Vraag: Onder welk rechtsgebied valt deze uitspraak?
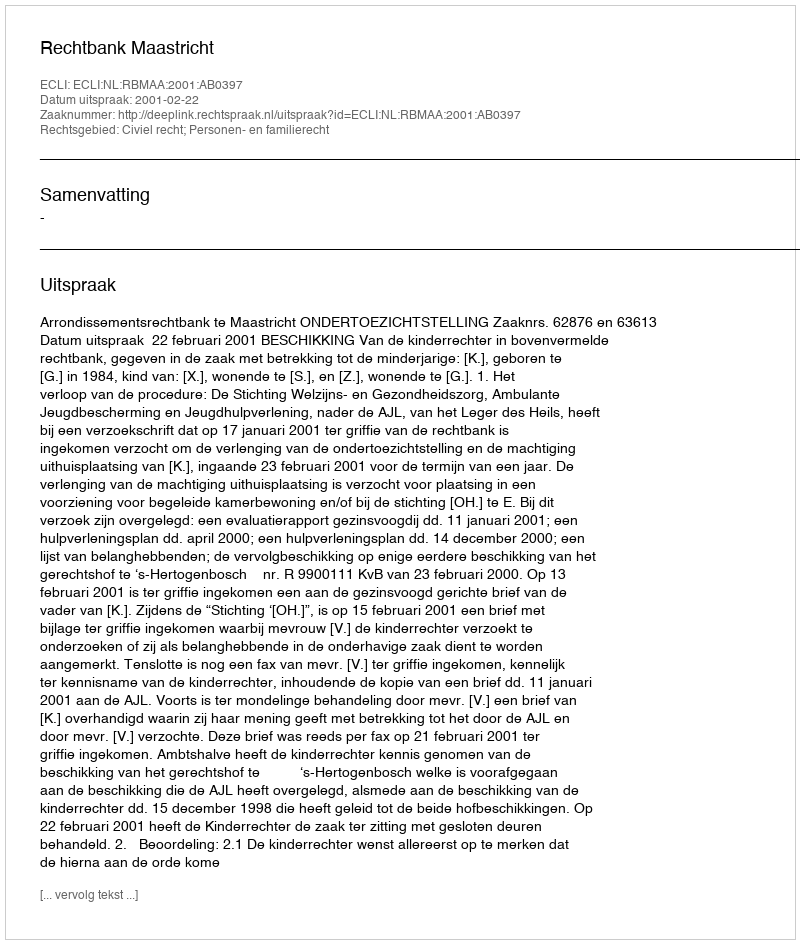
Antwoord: Civiel recht; Personen- en familierecht